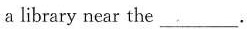
a library near the___.